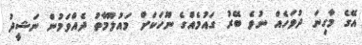
އޭގެ މާގިނަ ދުވަހެއް ނުވެ ބޭރު ގައުމެއްގެ ނޫހަކަށް މައުލޫމާތު ދެއްވަމުން ނަޝީދު